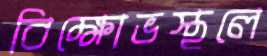
বিক্ষোভস্থলে